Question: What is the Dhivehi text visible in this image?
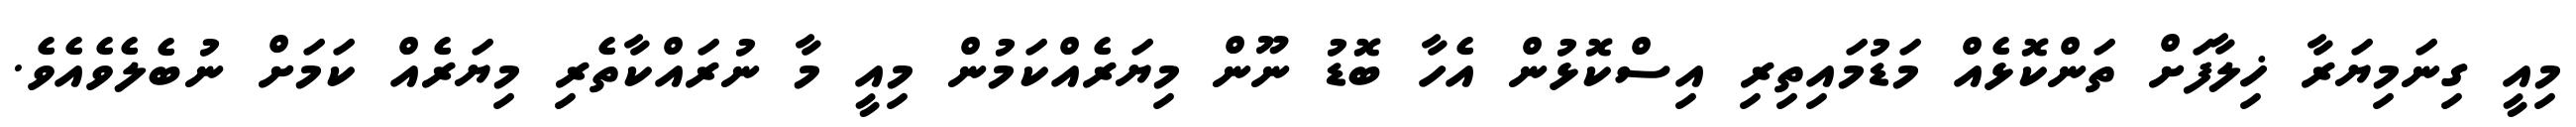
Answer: މިއީ ގިނަމިޔަރާ ޚިލާފަށް ތަންކޮޅެއް މަޑުމައިތިރި އިސްކޮޅުން އެހާ ބޮޑު ނޫން މިޔަރެއްކަމުން މިއީ މާ ނުރައްކާތެރި މިޔަރެއް ކަމަށް ނުބެލެވެއެވެ.